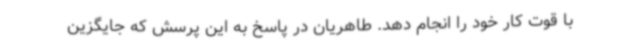
با قوت کار خود را انجام دهد. طاهریان در پاسخ به این پرسش که جایگزین